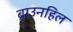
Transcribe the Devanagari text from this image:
ब्राउनहिल